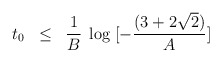
\begin{align*}t_0\;\;\leq\;\;\frac{1}{B}\;\log\;[- \frac{(3+2\sqrt{2})}{A}]\end{align*}